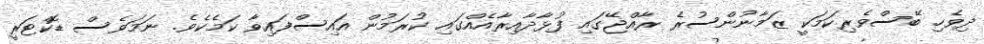
ދިވެހި ބޭސްވެރިކަމަކީ ޒަމާނުންސުރެ ރާއްޖޭގައި ފުޅާދާއިރާއެއްގައި ކުރަމުން އައިސްފައިވާ ކަމެކެވެ. ނަމަވެސް ޑޮކްޓަރީ